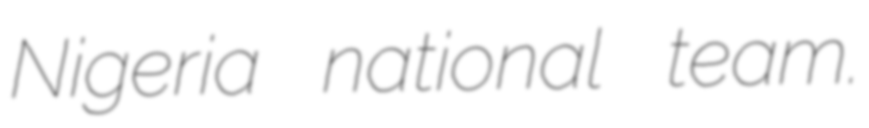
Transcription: Nigeria national team.